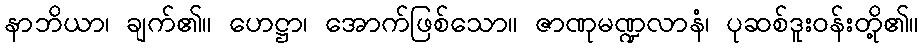
နာဘိယာ၊ ချက်၏။ ဟေဋ္ဌာ၊ အောက်ဖြစ်သော။ ဇာဏုမဏ္ဍလာနံ၊ ပုဆစ်ဒူးဝန်းတို့၏။